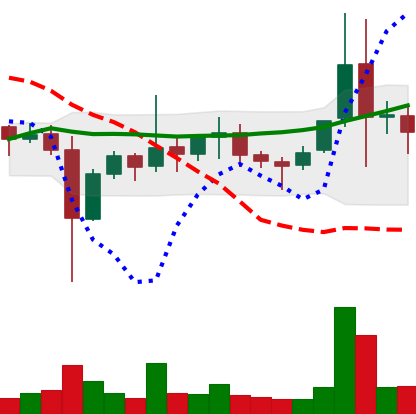
Ticker: ETC-USD
Chart end date: 2021-11-12
Forward return: -7.74%
Label: down_7plus